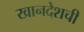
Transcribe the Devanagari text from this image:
खानदेशची